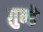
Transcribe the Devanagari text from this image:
ग़ुन्डे